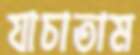
যাচাতাম